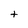
Character: t